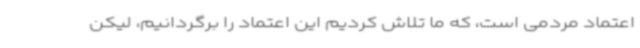
اعتماد مردمی است، که ما تلاش کردیم این اعتماد را برگردانیم، لیکن